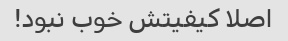
اصلا کیفیتش خوب نبود!